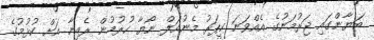
ބަޔާންގައި ޖަރުމަނުގެ އެއްވަނަ ކީޕަރު މެނުއަލް ނޯޔާ ހުރުމުން ރެއިނާ އަށް ކުޅުމުގެ